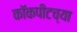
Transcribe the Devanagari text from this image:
कॉकपीटच्या